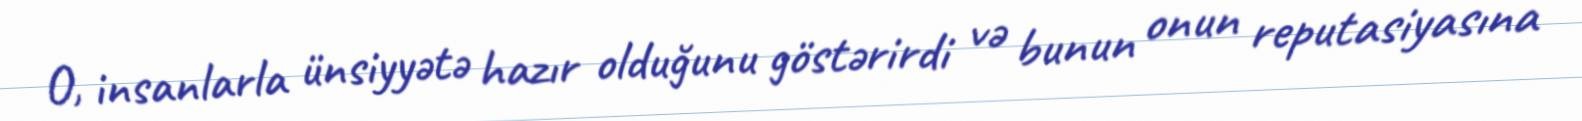
O, insanlarla ünsiyyətə hazır olduğunu göstərirdi və bunun onun reputasiyasına